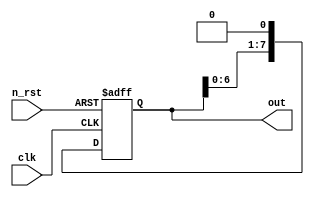
module shift_left_register(
  clk,
  n_rst,
  out
);

input clk;
input n_rst;
output reg [7:0] out;

always@(posedge clk or negedge n_rst)
begin
  if(!n_rst)
    out <= 8'b0010_1100;
  else 
    out <=  out << 1;
end

endmodule